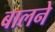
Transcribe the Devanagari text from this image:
बालने